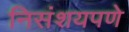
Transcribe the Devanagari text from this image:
निसंशयपणे